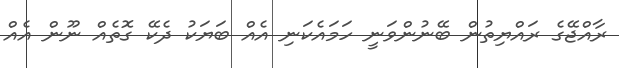
ރާއްޖޭގެ ރައްޔިތުން ބޭނުންވަނީ ހަމައެކަނި އެއް ބަޔަކު ދެކޭ ގޮތެއް ނޫން އެއް